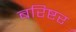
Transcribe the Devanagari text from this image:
बरिष्टर